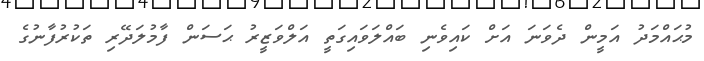
މުޙައްމަދު އަމީން ދެވަނަ އަށް ކައިވެނި ބައްލަވައިގަތީ އަލްވަޒީރު ޙަސަން ފާމުލަދޭރި ތަކުރުފާނުގެ